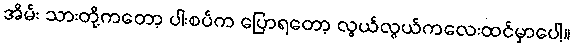
အိမ်း သားတို့ကတော့ ပါးစပ်က ပြောရတော့ လွယ်လွယ်ကလေးထင်မှာပေါ့။